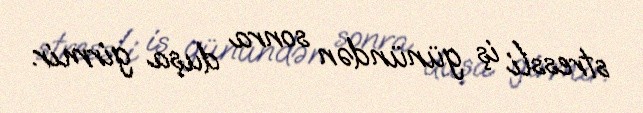
stressli iş günündən sonra duşa girmir.